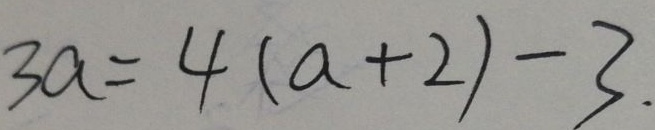
3 a = 4 ( a + 2 ) - 3 .